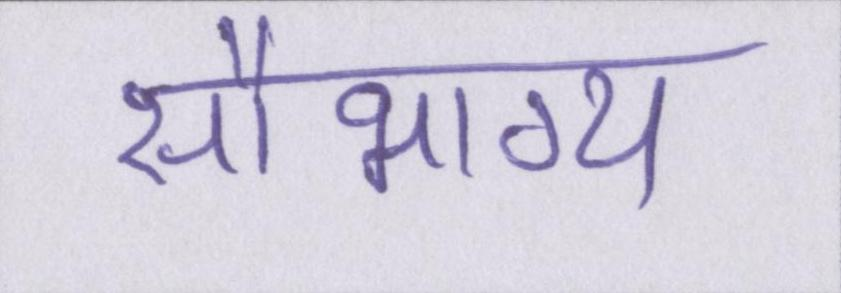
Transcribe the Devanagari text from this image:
सौभाग्य